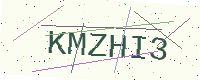
Text: KMZHI3